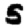
Digit: 5